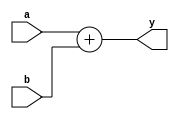
`timescale 1ns/1ps
module adder(
	input wire[31:0] a,b,
	output wire[31:0] y
    );

	assign y = a + b;
endmodule